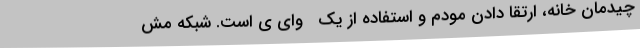
چیدمان خانه، ارتقا دادن مودم و استفاده از یک   واى ى است. شبکه مش